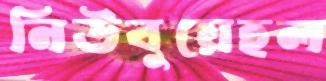
নিউবুয়েহল